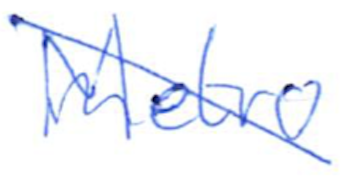
Text: Metro
Cross-out: diagonal
Writing tool: ballpoint